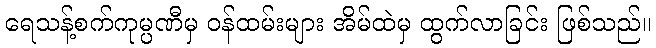
ရေသန့်စက်ကုမ္ပဏီမှ ဝန်ထမ်းများ အိမ်ထဲမှ ထွက်လာခြင်း ဖြစ်သည်။